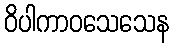
ဝိပါကာဝသေသေန